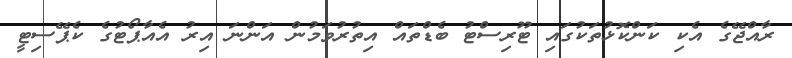
ރާއްޖޭގެ އެކި ކަންކޮޅުތަކުގައި ޓޫރިސްޓު ބެޑްތައް އިތުރުވަމުން އަންނަ އިރު އެއާޕޯޓުގެ ކެޕޭސިޓީ